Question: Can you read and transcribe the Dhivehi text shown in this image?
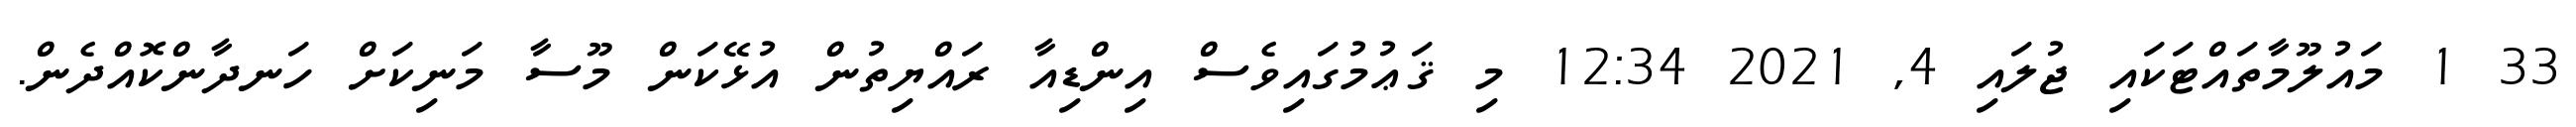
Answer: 33 1 މައުލޫމާތައްޓަކައި ޖުލައި 4, 2021 12:34 މި ޤަޢުމުގައިވެސް އިންޑިއާ ރައްޔިތުން އުޅޭކަން މޫސާ މަނިކަށް ހަނދާންކޮއްދެން.